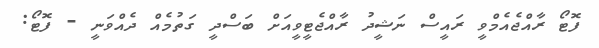
ފޮޓޯ ރާއްޖެއެމްވީ ރައީސް ނަޝީދު ރާއްޖެޓީވީއަށް ބަސްދީ ގަތުމެއް ދެއްވަނީ - ފޮޓޯ: